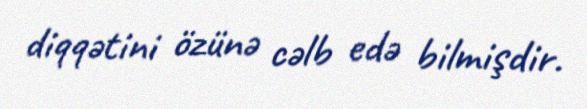
diqqətini özünə cəlb edə bilmişdir.